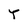
Character: T